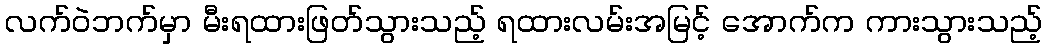
လက်ဝဲဘက်မှာ မီးရထားဖြတ်သွားသည့် ရထားလမ်းအမြင့် အောက်က ကားသွားသည့်